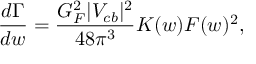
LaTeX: \frac { d \Gamma } { d w } = \frac { G _ { F } ^ { 2 } | V _ { c b } | ^ { 2 } } { 4 8 \pi ^ { 3 } } { \cal K } ( w ) { \cal F } ( w ) ^ { 2 } ,